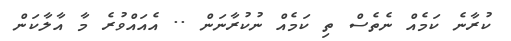
ކުރާނެ ކަމެއް ނެތެސް ތި ކަމެއް ނުކުރާނަން .. އެއައްވުރެ މާ އާލާކަން